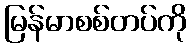
မြန်မာစစ်တပ်ကို